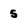
Character: 5